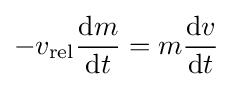
-v_{\mathrm {rel} }{\frac {\mathrm {d} m}{\mathrm {d} t}}=m{\mathrm {d} v \over \mathrm {d} t}